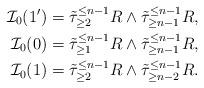
LaTeX: \begin{align*} \mathcal{I}_0(1^{\prime}) &= \tilde{\tau}_{\ge 2}^{\leq n-1}R \wedge \tilde{\tau}_{\ge n-1}^{\leq n-1}R,\\ \mathcal{I}_0(0) &= \tilde{\tau}_{\ge 1}^{\leq n-1}R \wedge \tilde{\tau}_{\ge n-1}^{\leq n-1}R,\\ \mathcal{I}_0(1) &= \tilde{\tau}_{\ge 2}^{\leq n-1}R \wedge \tilde{\tau}_{\ge n-2}^{\leq n-1}R.\end{align*}